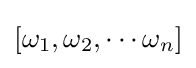
[\omega _{1},\omega _{2},\cdots \omega _{n}]